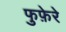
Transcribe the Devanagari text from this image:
फुफ़ेरे